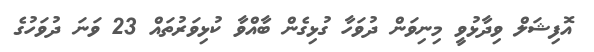
އޮފިޝަލް ވިދާޅުވީ މިނިވަން ދުވަހާ ގުޅިގެން ބާއްވާ ކުޅިވަރުތައް 23 ވަނަ ދުވަހުގެ